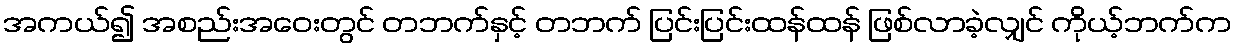
အကယ်၍ အစည်းအဝေးတွင် တဘက်နှင့် တဘက် ပြင်းပြင်းထန်ထန် ဖြစ်လာခဲ့လျှင် ကိုယ့်ဘက်က